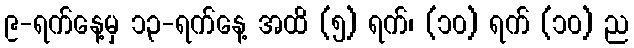
၉-ရက်နေ့မှ ၁၃-ရက်နေ့ အထိ (၅) ရက်၊ (၁၀) ရက် (၁၀) ည